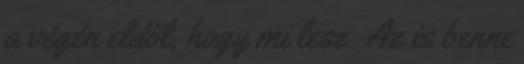
a végén eldől, hogy mi lesz. Az is benne